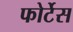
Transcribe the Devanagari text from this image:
फोर्टेस